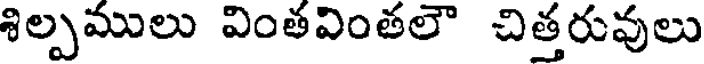
శిల్పములు వింతవింతలౌ చిత్తరువులు